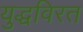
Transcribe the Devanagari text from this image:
युद्धविरत